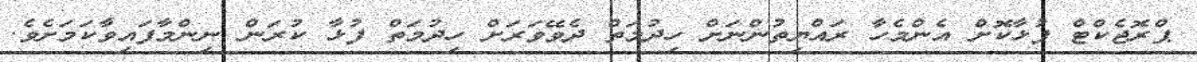
ޕްރޮޖެކްޓް ފުޅާކޮށް އެންމެހާ ރައްޔިތުންނަށް ހިދުމަތް ދެވޭވަރަށް ހިދުމަތް ފުޅާ ކުރަން ނިންމާފައިވާކަމަށެވެ.